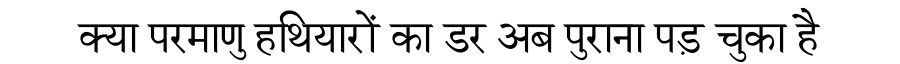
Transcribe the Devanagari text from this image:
क्या परमाणु हथियारों का डर अब पुराना पड़ चुका है